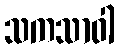
သကသာဝါ